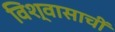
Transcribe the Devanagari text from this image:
विश्वासाचीं